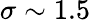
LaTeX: \sigma\sim 1.5